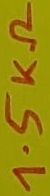
Text: 1.5KΩ